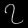
Digit: ၇